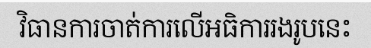
វិធានការចាត់ការលើអធិការរងរូបនេះ